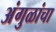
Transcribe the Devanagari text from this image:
अंगुळांचा